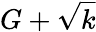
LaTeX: G+\sqrt{k}